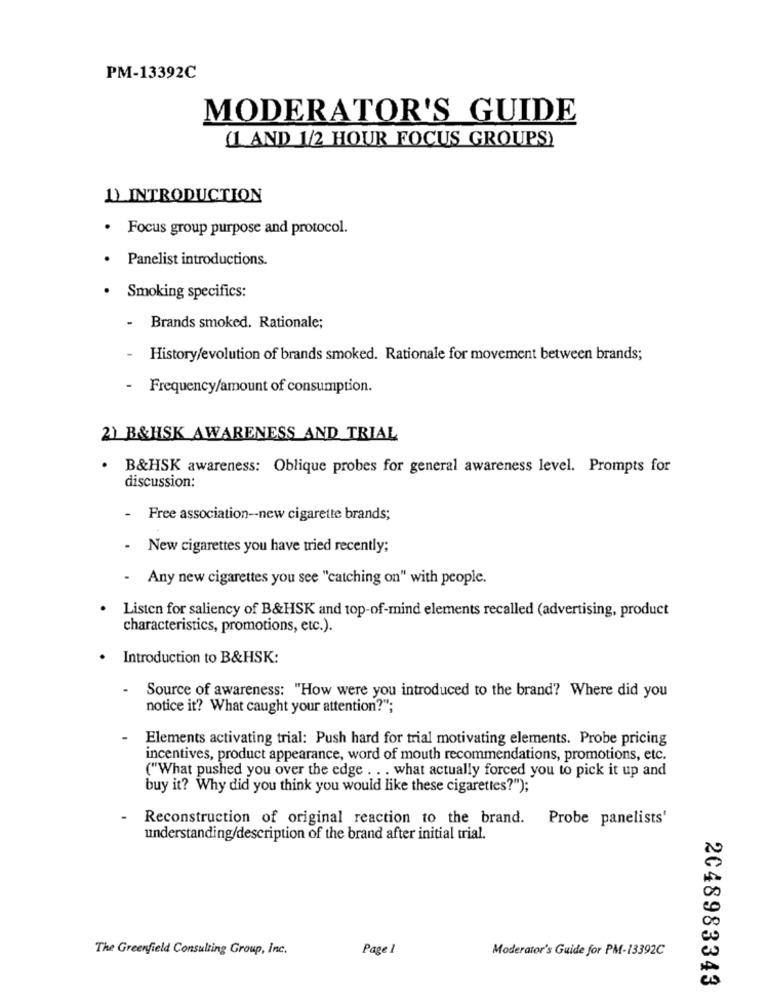
PM-13392C
MODERATOR'S GUIDE
(1 AND 1/2 HOUR FOCUS GROUPS)
1) INTRODUCTION
· Focus group purpose and protocol.
Panelist introductions.
Smoking specifics:
-
Brands smoked. Rationale;
History/evolution of brands smoked. Rationale for movement between brands;
- Frequency/amount of consumption.
2) B&HSK AWARENESS AND TRIAL
. B&HSK awareness: Oblique probes for general awareness level. Prompts for
discussion:
- Free association -- new cigarette brands;
- New cigarettes you have tried recently;
- Any new cigarettes you see "catching on" with people.
Listen for saliency of B&HSK and top-of-mind elements recalled (advertising, product
characteristics, promotions, etc.).
.
Introduction to B&HSK:
Source of awareness: "How were you introduced to the brand? Where did you
notice it? What caught your attention?";
Elements activating trial: Push hard for trial motivating elements. Probe pricing
incentives, product appearance, word of mouth recommendations, promotions, etc.
("What pushed you over the edge . . . what actually forced you to pick it up and
buy it? Why did you think you would like these cigarettes?");
Reconstruction of original reaction to the brand.
Probe panelists'
understanding/description of the brand after initial trial.
The Greenfield Consulting Group, inc.
Page 1
Moderator's Guide for PM-13392C
2048983343